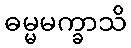
ဓမ္မမက္ခာသိ